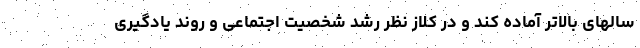
سالهای بالاتر آماده کند و در کلاز نظر رشد شخصیت اجتماعی و روند یادگیری